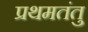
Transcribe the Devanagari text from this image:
प्रथमतंतु